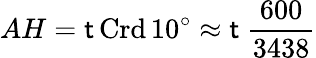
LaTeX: AH=\mathsf{t}\operatorname{Crd}10^{\circ}\approx\mathsf{t}\ {\frac{{600}}{{3438}}}